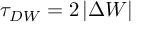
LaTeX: \tau _ { D W } = 2 \left| \Delta W \right|